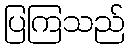
ပြကြသည်